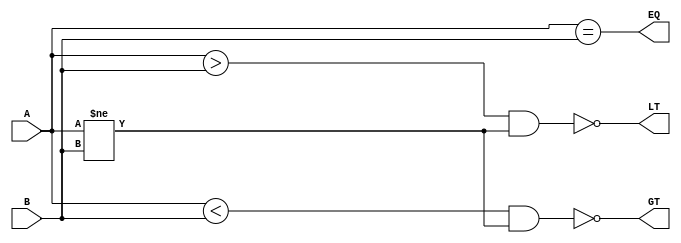
module magnitude_comparator (
    input [7:0] A,
    input [7:0] B,
    output EQ,
    output LT,
    output GT
);

assign EQ = (A == B);

assign LT = ~|((A > B) & (A != B));

assign GT = ~|((A < B) & (A != B));

endmodule